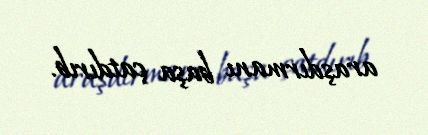
araşdırmanı başa çatdırıb.